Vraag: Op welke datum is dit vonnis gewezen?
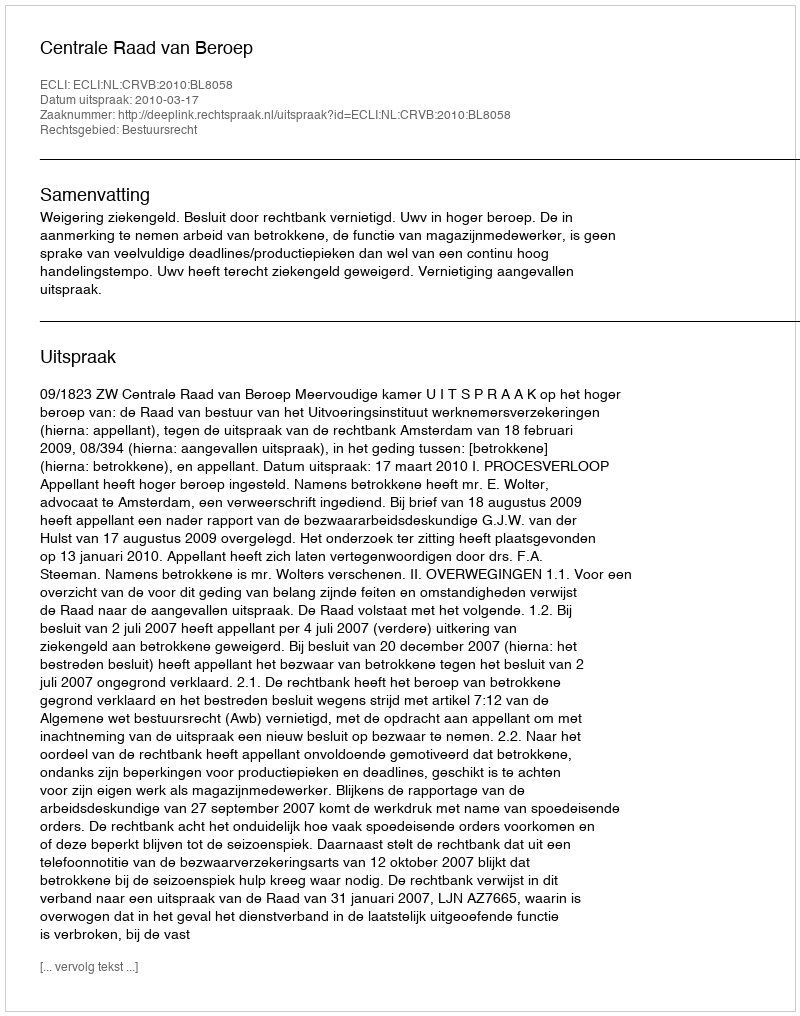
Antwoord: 2010-03-17